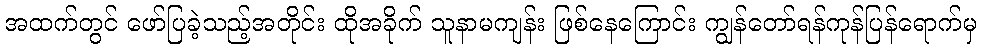
အထက်တွင် ဖော်ပြခဲ့သည့်အတိုင်း ထိုအခိုက် သူနာမကျန်း ဖြစ်နေကြောင်း ကျွန်တော်ရန်ကုန်ပြန်ရောက်မှ